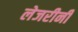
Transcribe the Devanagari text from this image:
लेजरीनी